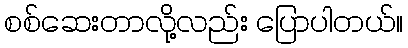
စစ်ဆေးတာလို့လည်း ပြောပါတယ်။